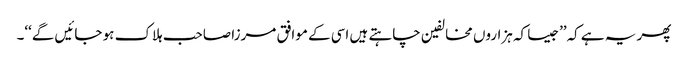
پھر یہ ہے کہ’’جیسا کہ ہزاروں مخالفین چاہتے ہیں اسی کے موافق مرزا صاحب ہلاک ہو جائیں گے‘‘۔